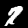
Label: 7